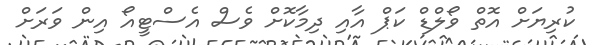
ކުރިޔަށް އޮތް ވޯލްޑް ކަޕް އާއި ދިމާކޮށް ވެސް އެސްޓީއޯ އިން ވަރަށް